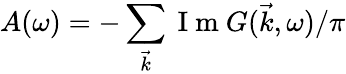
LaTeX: A(\omega)=-\sum_{\vec{k}}\mathrm{~I~m~}G(\vec{k},\omega)/\pi